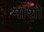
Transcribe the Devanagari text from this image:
माशो